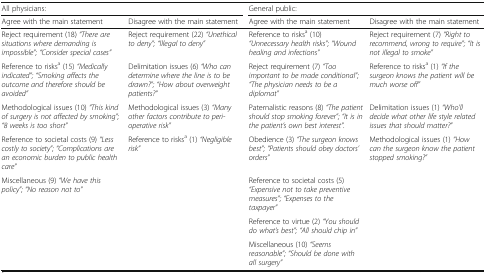
<table><thead><tr><td colspan="2"><b>All physicians:</b></td><td colspan="2"><b>General public:</b></td></tr><tr><td><b>Agree with the main statement</b></td><td><b>Disagree with the main statement</b></td><td><b>Agree with the main statement</b></td><td><b>Disagree with the main statement</b></td></tr></thead><tbody><tr><td>Reject requirement (18) <i>“There are situations where demanding is impossible”; “Consider special cases”</i></td><td>Reject requirement (22) <i>“Unethical to deny”; “Illegal to deny”</i></td><td>Reference to risks<sup>a</sup> (10) <i>“Unnecessary health risks”; “Wound healing and infections”</i></td><td>Reject requirement (7) <i>“Right to recommend, wrong to require”; “It is not illegal to smoke”</i></td></tr><tr><td>Reference to risks<sup>a</sup> (15) <i>“Medically indicated”; “Smoking affects the outcome and therefore should be avoided”</i></td><td>Delimitation issues (6) <i>“Who can determine where the line is to be drawn?”; “How about overweight patients?”</i></td><td>Reject requirement (7) <i>“Too important to be made conditional”; “The physician needs to be a diplomat”</i></td><td>Reference to risks<sup>a</sup> (1) <i>“If the surgeon knows the patient will be much worse off”</i></td></tr><tr><td>Methodological issues (10) <i>“This kind of surgery is not affected by smoking”; “8 weeks is too short”</i></td><td>Methodological issues (3) <i>“Many other factors contribute to peri-operative risk”</i></td><td>Paternalistic reasons (8) <i>“The patient should stop smoking forever”; “It is in the patient’s own best interest”.</i></td><td>Delimitation issues (1) <i>“Who’ll decide what other life style related issues that should matter?”</i></td></tr><tr><td>Reference to societal costs (9) <i>“Less costly to society”; “Complications are an economic burden to public health care”</i></td><td>Reference to risks<sup>a</sup> (1) <i>“Negligible risk”</i></td><td>Obedience (3) <i>“The surgeon knows best”; “Patients should obey doctors’ orders”</i></td><td>Methodological issues (1) <i>“How can the surgeon know the patient stopped smoking?”</i></td></tr><tr><td>Miscellaneous (9) <i>“We have this policy”; “No reason not to”</i></td><td></td><td>Reference to societal costs (5) <i>“Expensive not to take preventive measures”; “Expenses to the taxpayer”</i></td><td></td></tr><tr><td></td><td></td><td>Reference to virtue (2) <i>“You should do what’s best”; “All should chip in”</i></td><td></td></tr><tr><td></td><td></td><td>Miscellaneous (10) <i>“Seems reasonable”; “Should be done with all surgery”</i></td><td></td></tr></tbody></table>